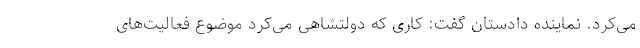
می‌کرد. نماینده دادستان گفت: کاری که دولتشاهی می‌کرد موضوع فعالیت‌های